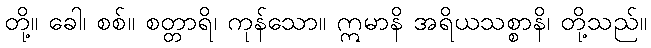
တို့။ ခေါ၊ စစ်။ စတ္တာရိ၊ ကုန်သော။ ဣမာနိ အရိယသစ္စာနိ၊ တို့သည်။